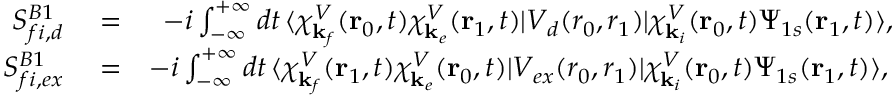
\begin{array} { r l r } { S _ { f i , d } ^ { B 1 } } & { { } = } & { - i \int _ { - \infty } ^ { + \infty } d t \, \langle \chi _ { \mathbf { k } _ { f } } ^ { V } ( \mathbf { r } _ { 0 } , t ) \chi _ { \mathbf { k } _ { e } } ^ { V } ( \mathbf { r } _ { 1 } , t ) | V _ { d } ( r _ { 0 } , { r } _ { 1 } ) | { \chi } _ { \mathbf { k } _ { i } } ^ { V } ( \mathbf { r } _ { 0 } , t ) \Psi _ { 1 s } ( \mathbf { r } _ { 1 } , t ) \rangle , } \\ { S _ { f i , e x } ^ { B 1 } } & { { } = } & { - i \int _ { - \infty } ^ { + \infty } d t \, \langle \chi _ { \mathbf { k } _ { f } } ^ { V } ( \mathbf { r } _ { 1 } , t ) \chi _ { \mathbf { k } _ { e } } ^ { V } ( \mathbf { r } _ { 0 } , t ) | V _ { e x } ( r _ { 0 } , { r } _ { 1 } ) | { \chi } _ { \mathbf { k } _ { i } } ^ { V } ( \mathbf { r } _ { 0 } , t ) \Psi _ { 1 s } ( \mathbf { r } _ { 1 } , t ) \rangle , \, } \end{array}